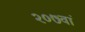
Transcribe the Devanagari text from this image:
२०७वां